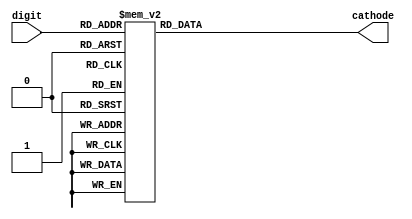
/*******************************************************
*  AN7   AN6   AN5   AN4  | AN3   AN2   AN1   AN0
*   |     |     |     |   |  |     |     |     |
*   __    __    __    __  |  __    __    __    __
*  |__|  |__|  |__|  |__| | |__|  |__|  |__|  |__|
*  |__|. |__|. |__|. |__|.| |__|. |__|. |__|. |__|.
*      
*  | |   | |   | |   | |  |  | |   | |   | |   | |
* CA CB CC CD CE CF CG DP | CA CB CC CD CE CF CG DP
********************************************************/

/********************************************************
*              _____
*          ___|  A  |___
*         |   |-----|   |
*         | F |     | B |
*         |___|-----|___|
*          ___|  G  |___
*         |   |-----|   |
*         | E |     | C |
*         |___|_____|___|     ---
*             |  D  |        | P |
*              -----          ---
*********************************************************/

/*********************************************************
*   0     1     2     3     4     5     6     7      8     9
*   |     |     |     |     |     |     |     |      |     |  
*   __          __    __           __    __    __    __    __  
*  |  |     |   __|   __|   |__|  |__   |__      |  |__|  |__|  
*  |__|     |  |__    __|      |   __|  |__|     |  |__|   __|
*********************************************************/
module BCD_to_Cathodes (
    input [3:0] digit,
    output reg [7:0] cathode
);

  always @(digit) begin
    case (digit)
      /* dec digit      |P|G|F|E|D|C|B|A|  */
      4'd0: cathode = 8'b1_1_0_0_0_0_0_0;
      4'd1: cathode = 8'b1_1_1_1_1_0_0_1;
      4'd2: cathode = 8'b1_0_1_0_0_1_0_0;
      4'd3: cathode = 8'b1_0_1_1_0_0_0_0;
      4'd4: cathode = 8'b1_0_0_1_1_0_0_1;
      4'd5: cathode = 8'b1_0_0_1_0_0_1_0;
      4'd6: cathode = 8'b1_0_0_0_0_0_1_0;
      4'd7: cathode = 8'b1_1_1_1_1_0_0_0;
      4'd8: cathode = 8'b1_0_0_0_0_0_0_0;
      4'd9: cathode = 8'b1_0_0_1_0_0_0_0;
      /* dec digit       |P|G|F|E|D|C|B|A|  */
      4'd10: cathode = 8'b1_0_0_0_1_0_0_0; //A
      4'd11: cathode = 8'b1_0_0_0_0_0_1_1; //B
      4'd12: cathode = 8'b1_1_0_0_0_1_1_0; //C
      4'd13: cathode = 8'b1_0_1_0_0_0_0_1; //D
      4'd14: cathode = 8'b1_0_0_0_0_1_1_0; //E
      4'd15: cathode = 8'b1_0_0_0_1_1_1_0; //FFFFF
      default: cathode = 8'b1_1_1_1_1_1_1_1;
    endcase
  end


endmodule